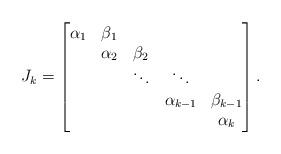
LaTeX: \begin{align*}J_k=\begin{bmatrix}\alpha_1 & \beta_1 \\& \alpha_2 & \beta_2 \\& & \ddots & \ddots \\& & & \alpha_{k-1} & \beta_{k-1} \\& & & & \alpha_k \\\end{bmatrix}.\end{align*}